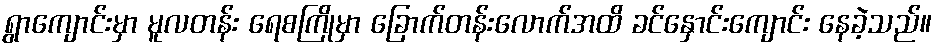
ရွာကျောင်းမှာ မူလတန်း ရေစကြိုမှာ ခြောက်တန်းလောက်အထိ ခင်နှောင်းကျောင်း နေခဲ့သည်။